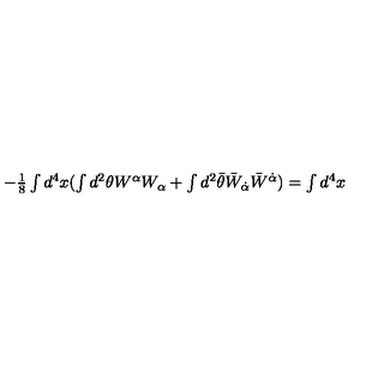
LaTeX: - \textstyle { \frac { 1 } { 8 } } \int d ^ { 4 } x ( \int d ^ { 2 } \theta W ^ { \alpha } W _ { \alpha } + \int d ^ { 2 } \bar { \theta } \bar { W } _ { \dot { \alpha } } \bar { W } ^ { \dot { \alpha } } ) = \int d ^ { 4 } x ~